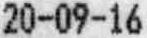
20-09-16